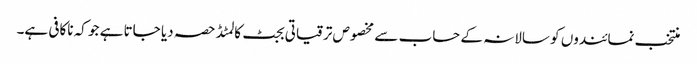
منتخب نمائندوں کو سالانہ کے حساب سے مخصوص ترقیاتی بجٹ کا لمٹڈ حصہ دیا جاتا ہے جو کہ ناکافی ہے۔